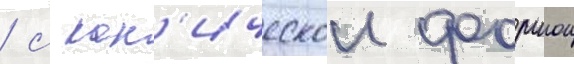
/ с кон'ическои формои